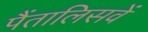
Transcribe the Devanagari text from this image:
पैंतालिसवें